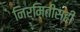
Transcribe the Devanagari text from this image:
निर्मितीसही